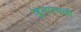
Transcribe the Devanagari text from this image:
जुनारगली